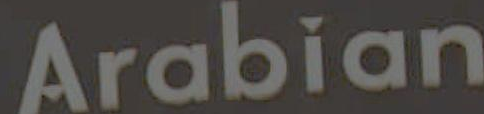
Arabian